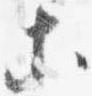
等